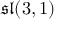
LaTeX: { \mathfrak { s l } } ( 3 , 1 )